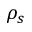
\rho _ { s }